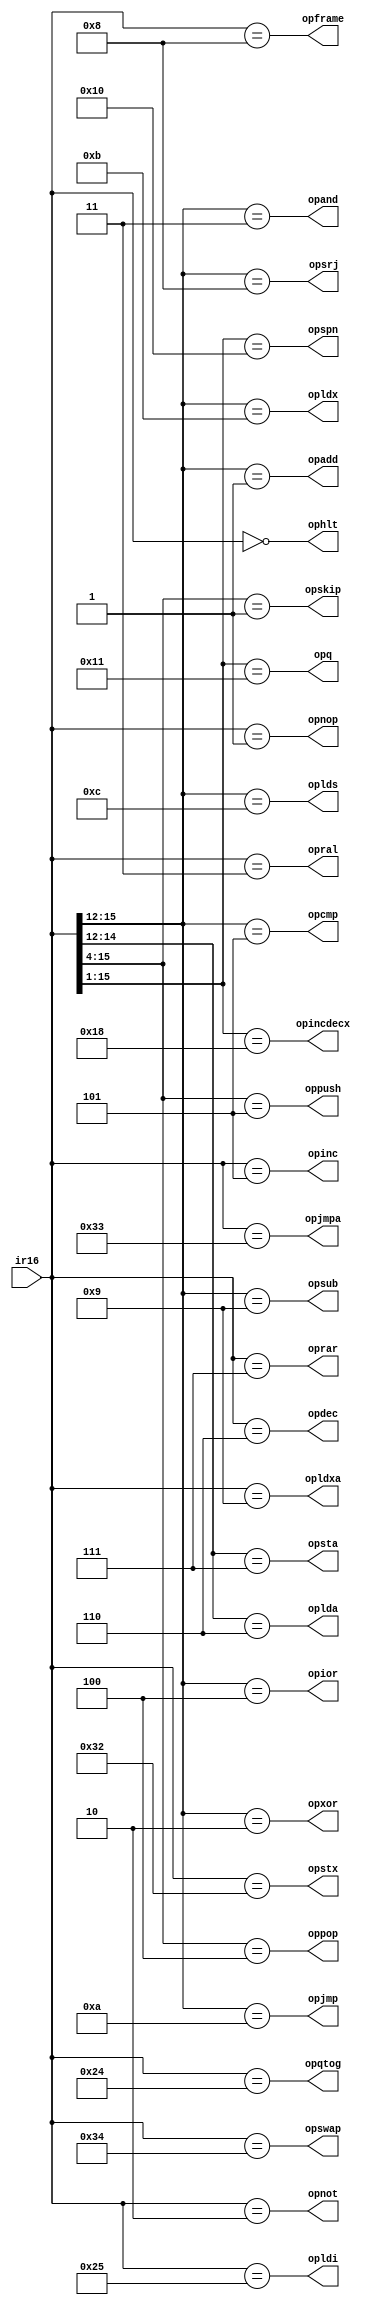
/*
    This file is part of Blue8.

    Foobar is free software: you can redistribute it and/or modify
    it under the terms of the GNU Lesser General Public License as published by
    the Free Software Foundation, either version 3 of the License, or
    (at your option) any later version.

    Foobar is distributed in the hope that it will be useful,
    but WITHOUT ANY WARRANTY; without even the implied warranty of
    MERCHANTABILITY or FITNESS FOR A PARTICULAR PURPOSE.  See the
    GNU Lesser General Public License for more details.

    You should have received a copy of the GNU Lesser General Public License
    along with Blue8.  If not, see <http://www.gnu.org/licenses/>.

    Blue8 by Al Williams alw@al-williams.com

*/

`default_nettype none

module idecode( input [15:0] ir16, output wire ophlt, output wire opadd, output wire opxor, 
    output wire opand, output wire opior, output wire opnot, output wire oplda, output wire opsta,  
	 output wire opsrj, output wire opjmp, output wire opldx,
    output wire opral, output wire opnop,
	 output wire opinc, output wire opdec, output wire opskip, output wire opspn, output wire opq,
	 output wire opqtog, output wire opsub, output wire opcmp, output wire opldi, output wire oprar,
	 output wire opincdecx, output wire opstx, output wire opjmpa, output wire opswap, 
	 output wire oplds, output wire oppush, output wire oppop, output wire opframe, output wire opldxa);
wire [3:0] ir;
   
assign ir=ir16[15:12];
assign ophlt=ir16==16'h0;
assign opadd=ir==1;
assign opxor=ir==2;
assign opand=ir==3;
assign opior=ir==4;
assign opnot=ir16==16'h2;
assign opcmp=ir==5;
assign oplda=ir[2:0]==6;
assign opsta=ir[2:0]==7;
assign opsrj=ir==8;
assign opsub=ir==9;
assign opjmp=ir==10;
assign opldx=ir==11;
assign oplds=ir==12;
assign opral=ir16==16'h3;

assign opnop=ir16==16'h1;
assign opinc=ir16==16'h5;
assign opdec=ir16==16'h6;
assign oprar=ir16==16'h7;
assign opskip=ir16[15:4]==12'b1;  // skip is 0x0010 + skip code + 8 (if ~flags)
assign opspn=ir16[15:1]==15'b10000;  // 0x0020/21 - skip positive/negative
assign opq=ir16[15:1]==15'b10001;  // 0x22/23 - qoff, qon
assign opqtog=ir16==16'h24;        // 0x24 qtog
assign opldi=ir16==16'h25;        // 0x25 ldi
assign opincdecx=ir16[15:1]==15'h0018;  // 0x30/0x31
assign opstx=ir16==16'h32;
assign opjmpa=ir16==16'h33;
assign opswap=ir16==16'h34;
assign oppop=ir16[15:4]==12'h4; 	  // pop includes ret
assign oppush=ir16[15:4]==12'h5;
assign opframe=ir16==16'h8;   // frame SP->X
assign opldxa=ir16==16'h9;
   
// note that now ir  D, E, and F are open   
endmodule